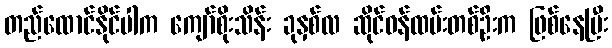
တည်ထောင်နိုင်ပါက ကျော်စိုးသိန်း ခုနှစ်လ ဆိုင်ဝန်ထမ်းတစ်ဦးက ဖြစ်နေပြီး